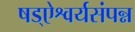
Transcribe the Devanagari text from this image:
षड्ऐश्वर्यसंपन्न